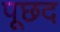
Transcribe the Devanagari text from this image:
पूछद